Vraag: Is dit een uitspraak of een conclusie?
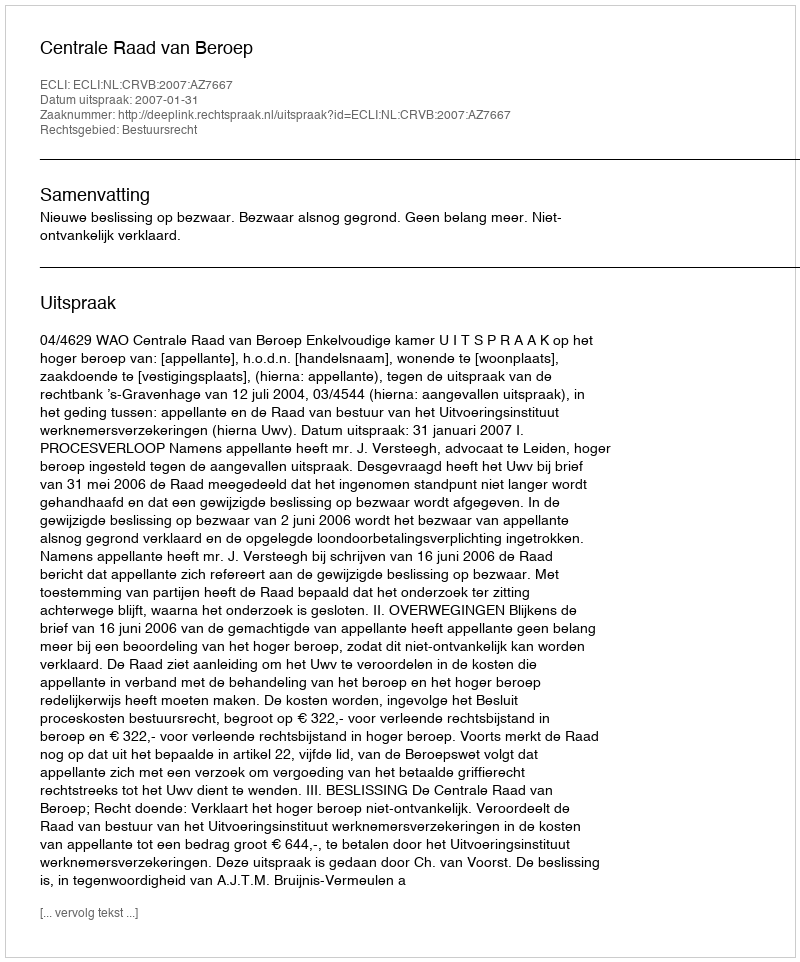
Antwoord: Uitspraak